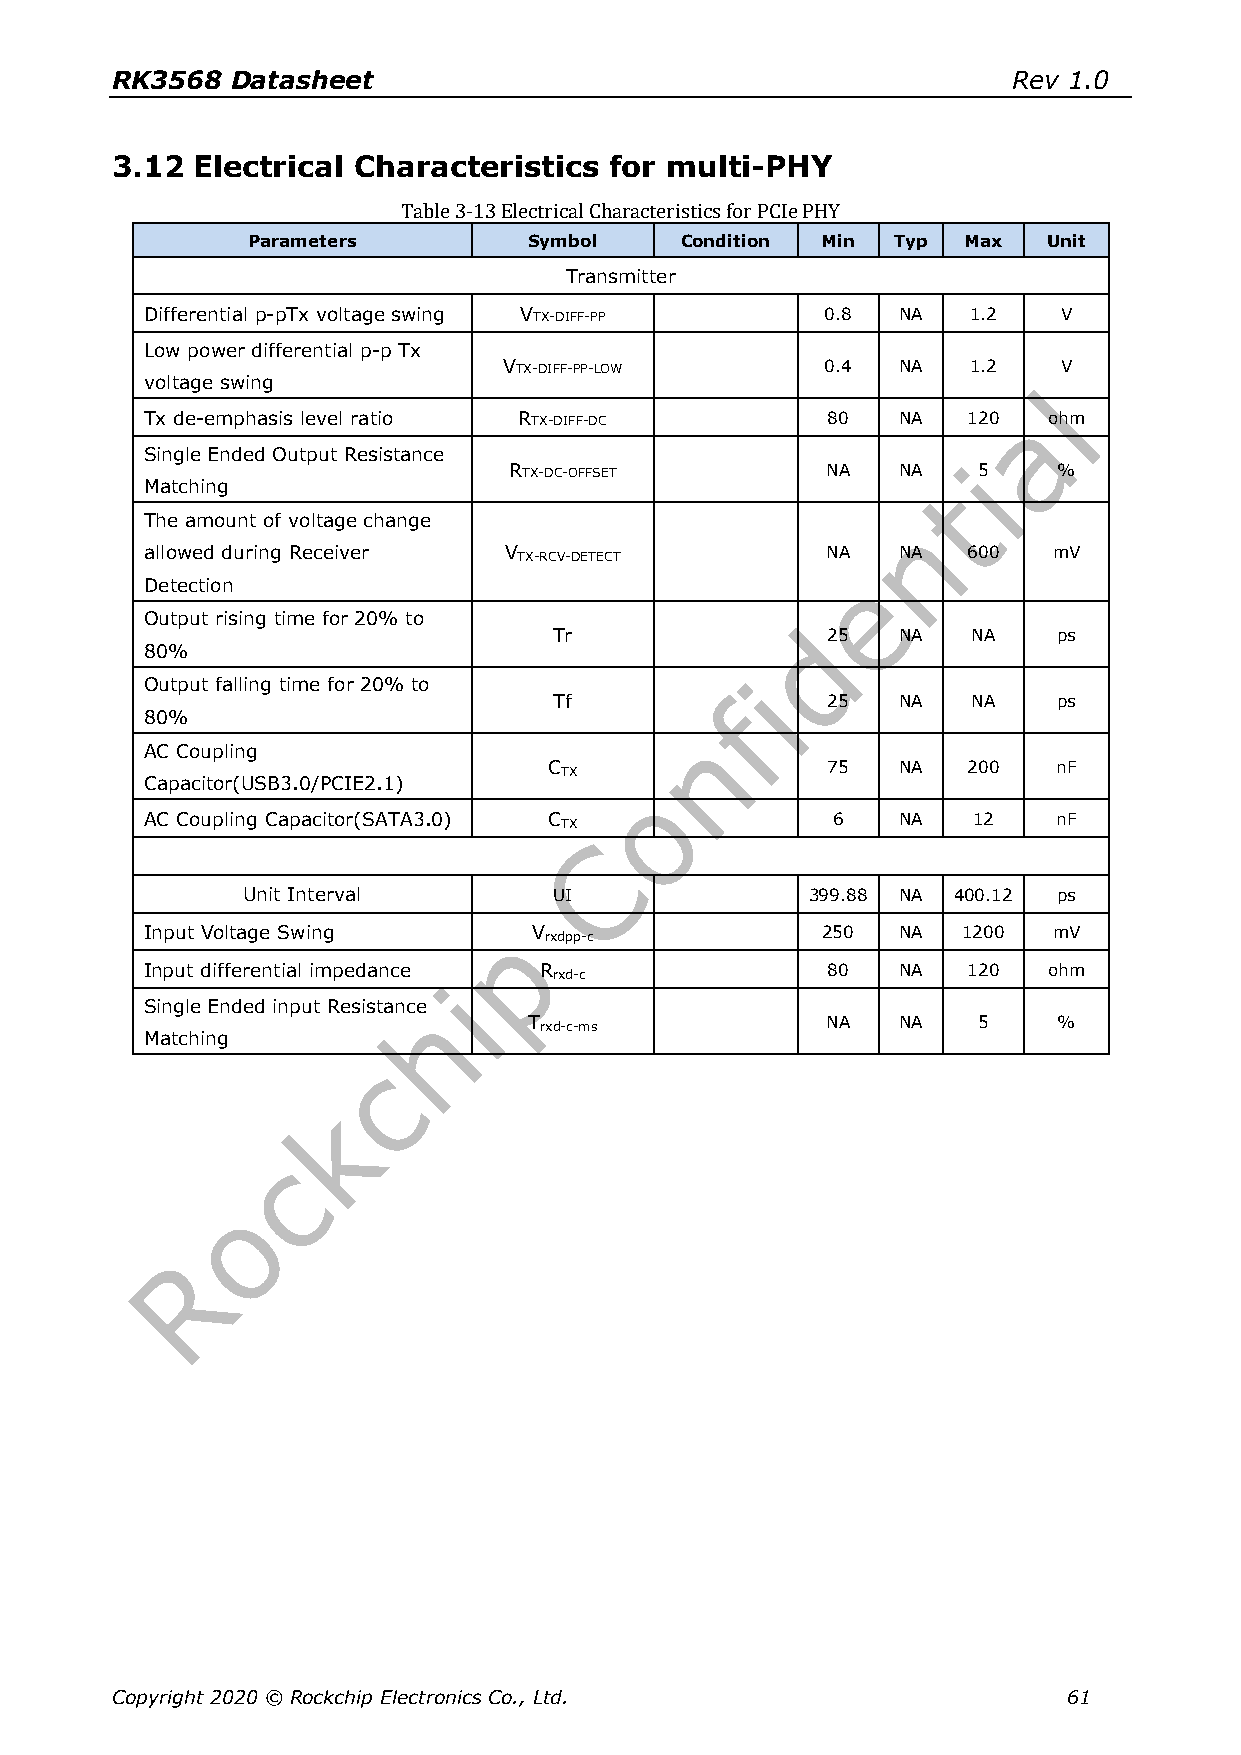
RK3568  Datasheet                                           Rev 1.0
 3.12  Electrical Characteristics for multi-PHY
 Table 3-13 Electrical Characteristics for PCIe PHY
 Parameters         Symbol    Condition Min Typ  Max  Unit
 Transmitter
 Differential p-pTx voltage swing VTX-DIFF-PP 0.8 NA   1.2   V
 Low power differential p-p Tx
 VTX-DIFF-PP-LOW       0.4 NA   1.2   V
 voltage swing
 Tx de-emphasis level ratio RTX-DIFF-DC       80  NA   120  ohm
 Single Ended Output Resistance
 RTX-DC-OFFSET        NA  NA    5    %
 Matching
 The amount of voltage change
 allowed during Receiver V                    NA  NA   600   mV
 TX-RCV-DETECT
 Detection
 Output rising time for 20% to
 Tr                25  NA   NA    ps
 80%
 Output falling time for 20% to
 Tf                25  NA   NA    ps
 80%
 AC Coupling
 C TX               75  NA   200   nF
 Capacitor(USB3.0/PCIE2.1)
 AC Coupling Capacitor(SATA3.0) C TX          6   NA   12    nF
 Unit Interval        UI               399.88 NA 400.12 ps
 Input Voltage Swing      V                  250  NA   1200  mV
 rxdpp-c
 Input differential impedance R rxd-c         80  NA   120  ohm
 Single Ended input Resistance
 T
 rxd-c-ms
 NA  NA    5    %
 Matching
 Copyright 2020 © Rockchip Electronics Co., Ltd.                 61